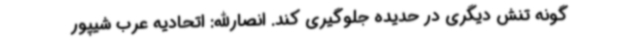
گونه تنش دیگری در حدیده جلوگیری کند. انصارالله: اتحادیه عرب شیپور